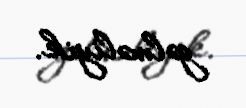
gəlməliyik.